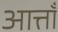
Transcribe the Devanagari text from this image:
आत्ताँ